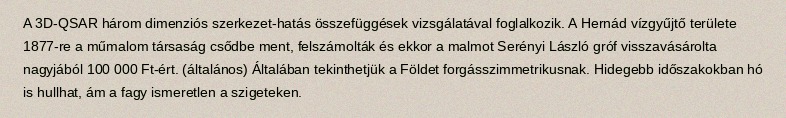
A 3D-QSAR három dimenziós szerkezet-hatás összefüggések vizsgálatával foglalkozik. A Hernád vízgyűjtő területe 1877-re a műmalom társaság csődbe ment, felszámolták és ekkor a malmot Serényi László gróf visszavásárolta nagyjából 100 000 Ft-ért. (általános) Általában tekinthetjük a Földet forgásszimmetrikusnak. Hidegebb időszakokban hó is hullhat, ám a fagy ismeretlen a szigeteken.